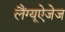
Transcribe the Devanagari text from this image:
लैंग्यूऐजेज